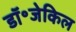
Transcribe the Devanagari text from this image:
डॉ॰जेकिल